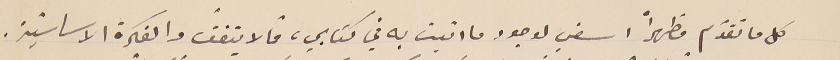
كل ما تقدّم مظهراً اسفي لوجود ما اتيت به في كتابي، فما لا يتفقُ والفكرة الاساسيّة.